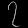
Digit: ၇